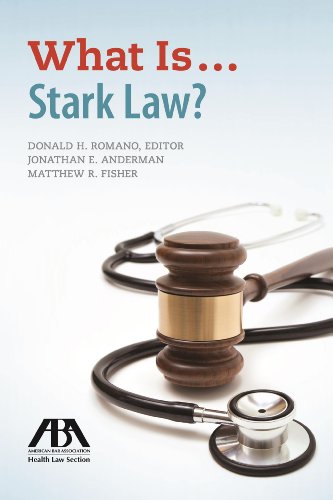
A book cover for What is Stark Law?; Donald H. Romano; Law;